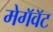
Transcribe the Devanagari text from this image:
मेगॅवॅट